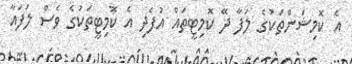
އެ ކޮމިޝަންތަކުގެ ލަފާ ދޭ ކޮމިޓީތައް އުފެދި އެ ކޮމިޓީތަކުގެ ވެސް ލަފައާ